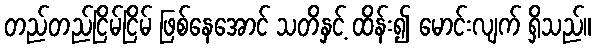
တည်တည်ငြိမ်ငြိမ် ဖြစ်နေအောင် သတိနှင့် ထိန်း၍ မောင်းလျက် ရှိသည်။